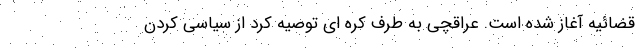
قضائیه آغاز شده است. عراقچی به طرف کره ای توصیه کرد از سیاسی کردن